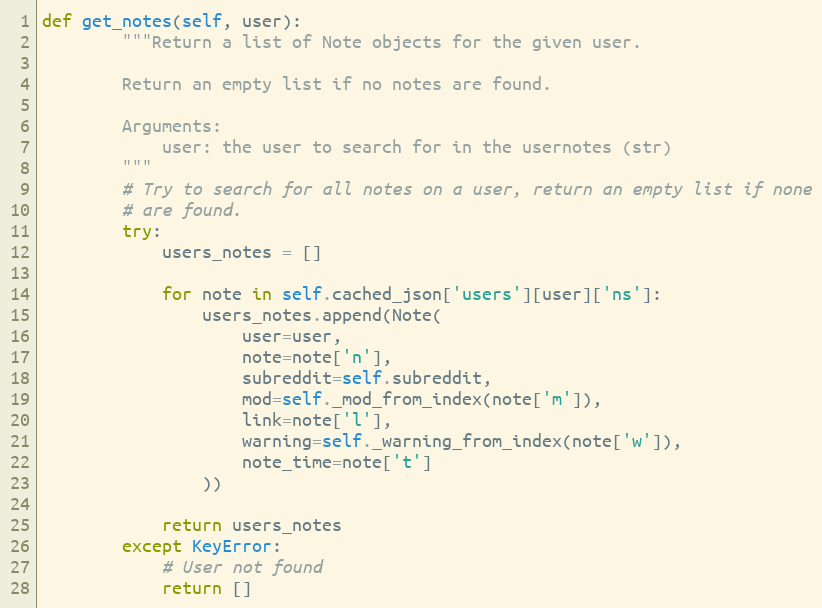
Language: Python
def get_notes(self, user):
        """Return a list of Note objects for the given user.

        Return an empty list if no notes are found.

        Arguments:
            user: the user to search for in the usernotes (str)
        """
        # Try to search for all notes on a user, return an empty list if none
        # are found.
        try:
            users_notes = []

            for note in self.cached_json['users'][user]['ns']:
                users_notes.append(Note(
                    user=user,
                    note=note['n'],
                    subreddit=self.subreddit,
                    mod=self._mod_from_index(note['m']),
                    link=note['l'],
                    warning=self._warning_from_index(note['w']),
                    note_time=note['t']
                ))

            return users_notes
        except KeyError:
            # User not found
            return []